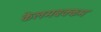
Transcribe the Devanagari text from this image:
केलमबक्कम